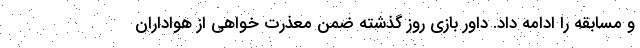
و مسابقه را ادامه داد. داور بازی روز گذشته ضمن معذرت خواهی از هواداران